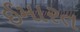
ઈમારત